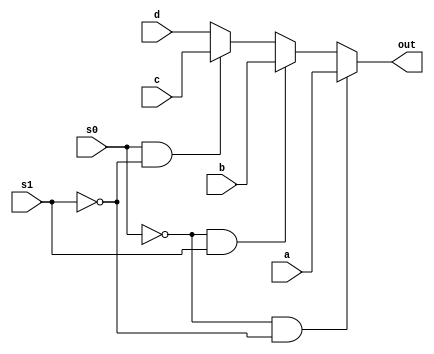
`timescale 1ns / 1ps
//////////////////////////////////////////////////////////////////////////////////
// Company: 
// Engineer: 
// 
// Design Name: 
// Module Name:    mux_4_to_1 
// Project Name: 
// Target Devices: 
// Tool versions: 
// Description: 
//
// Dependencies: 
//
// Revision: 
// Revision 0.01 - File Created
// Additional Comments: 
//
//////////////////////////////////////////////////////////////////////////////////
module mux_4_to_1(out,s0,s1,a,b,c,d); // Behavioul modelling style
input s0,s1; // because select is two bit
input a,b,c,d;
output out; // out is one bit
reg out;

always @(a or b or c or d or s0 or s1)
begin
	if(s0==1'b0 && s1 ==1'b0)
		out = a;
	else if(s0==1'b0 && s1 ==1'b1)
	   out = b;
	else if(s0==1'b1 && s1 ==1'b0)
		out = c;
	else
		out = d;
end
endmodule